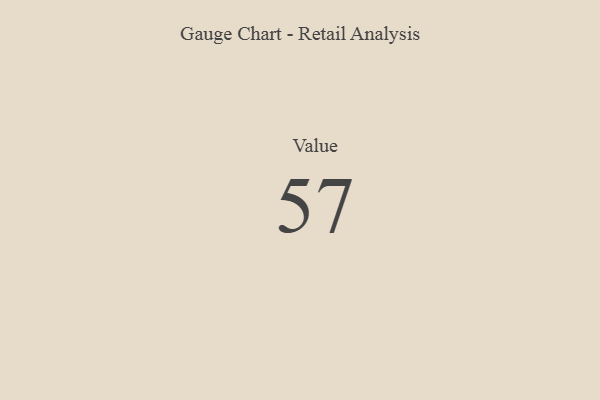
{"axis": {"x": "Metric", "y": "Value"}, "legend": [""], "data": [{"x": "Value", "y": 57, "type": ""}]}